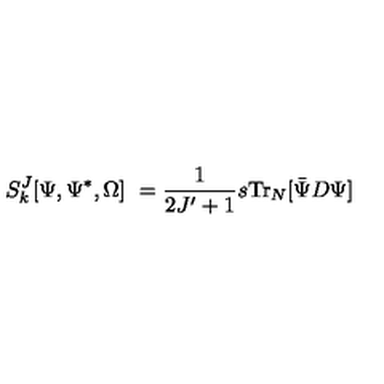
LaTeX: S _ { k } ^ { J } [ \Psi , \Psi ^ { * } , \Omega ] \ = \frac { 1 } { 2 J ^ { \prime } + 1 } s \mathrm { T r } _ { N } [ { \bar { \Psi } } D \Psi ]